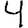
Digit: 4